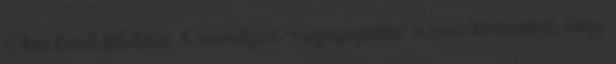
6-kor került felvételre. A személyzet "megnyugtatta" a hozzátartozókat, hogy